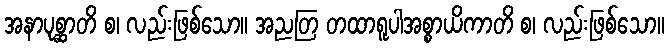
အနာပုစ္ဆာတိ စ၊ လည်းဖြစ်သော။ အညတြ တထာရူပါအစ္စာယိကာတိ စ၊ လည်းဖြစ်သော။